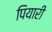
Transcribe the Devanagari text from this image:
पियारी